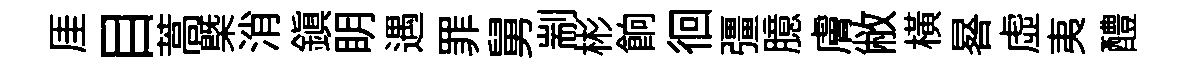
厓目蒿㮣消鎭眀遇罪舅剬彬餉徊彊臆膚敝橫晷虚夷醴